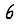
Digit: 6